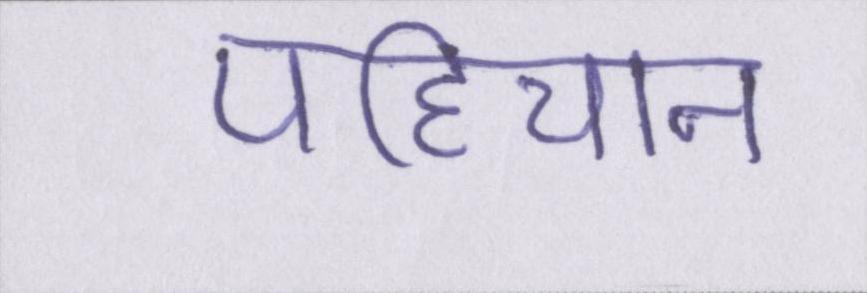
पहिचान